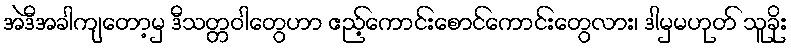
အဲဒီအခါကျတော့မှ ဒီသတ္တဝါတွေဟာ ဧည့်ကောင်းစောင်ကောင်းတွေလား၊ ဒါမှမဟုတ် သူခိုး